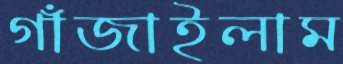
গাঁজাইলাম